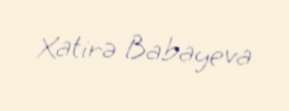
Xatirə Babayeva